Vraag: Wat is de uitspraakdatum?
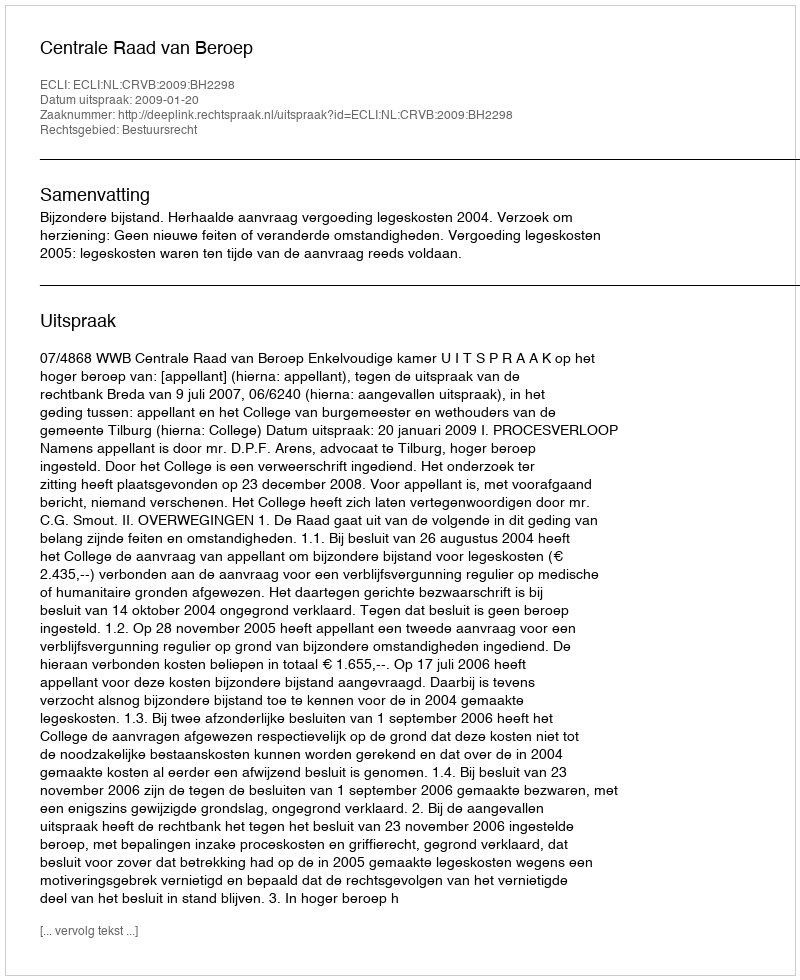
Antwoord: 2009-01-20